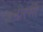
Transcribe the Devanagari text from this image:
नीरसी